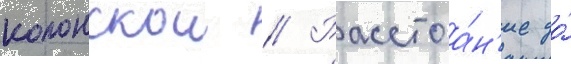
колонскои // Расстоа́н'ие до́